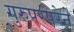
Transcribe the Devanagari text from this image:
गुरुपरंपरेने